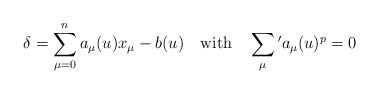
\begin{align*}\delta = \sum_{\mu =0}^n a_{\mu}(u)x_{\mu}-b(u)\quad \mbox{with} \quad \sum_{\mu}{}'a_{\mu}(u)^{p}=0\end{align*}